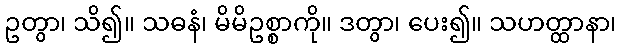
ဥတွာ၊ သိ၍။ သဓနံ၊ မိမိဥစ္စာကို။ ဒတွာ၊ ပေး၍။ သဟတ္ထာနာ၊